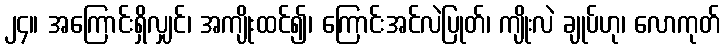
၂၄။ အကြောင်းရှိလျှင်၊ အကျိုးထင်၍၊ ကြောင်းအင်လဲပြုတ်၊ ကျိုးလဲ ချုပ်ဟု၊ လောကုတ်